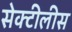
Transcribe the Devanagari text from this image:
सेक्टीलीस